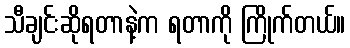
သီချင်းဆိုရတာနဲ့က ရတာကို ကြိုက်တယ်။